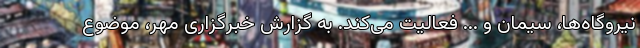
نیروگاه­‌ها، سیمان و ... فعالیت می‌کند. به گزارش خبرگزاری مهر، موضوع